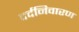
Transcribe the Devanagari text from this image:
दर्दनिवारण